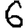
Digit: 6